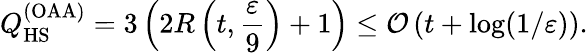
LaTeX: Q_{\mathrm{HS}}^{(\mathrm{OAA})}=3\left(2R\left(t,\frac{\varepsilon}{9}\right)+1\right)\leq\mathcal{O}\left(t+\log(1/\varepsilon)\right).